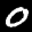
Label: 0